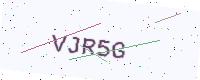
Text: VJR5G